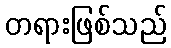
တရားဖြစ်သည်